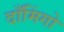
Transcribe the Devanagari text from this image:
दाँमिंगो